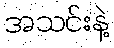
အသင်းနဲ့